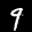
Label: 9